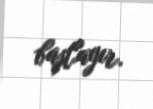
başlayır.